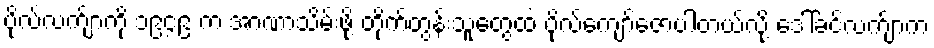
ဗိုလ်လက်ျာကို ၁၉၄၉ က အာဏာသိမ်းဖို့ တိုက်တွန်းသူတွေထဲ ဗိုလ်ကျော်ဇောပါတယ်လို့ ဒေါ်ခင်လက်ျာက